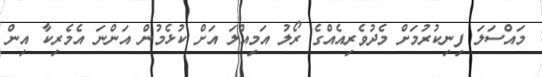
މައްސަލަ ފިނިކުރުމަށް މެދުވެރިއެއްގެ ރޯލު އަމިއްލަ އަށް ކުޅެމުން އަންނަ އެމެރިކާ އިން